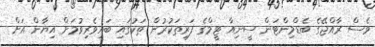
ވެސް ރާއްޖޭގެ ބެޑްމިންޓަން ސީނިއާ ޓީމްގެ ފަރިތަކުރުން ތަކުގައި ބައިވެރިވުމަށް އިޔާން އަށް